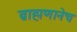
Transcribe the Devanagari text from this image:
ब्राह्मणानेच